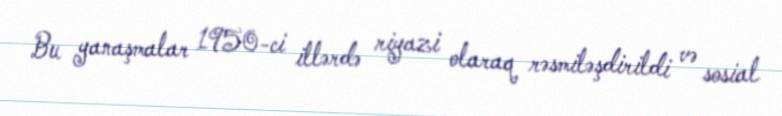
Bu yanaşmalar 1950-ci illərdə riyazi olaraq rəsmiləşdirildi və sosial